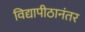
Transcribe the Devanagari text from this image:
विद्यापीठानंतर